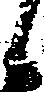
候